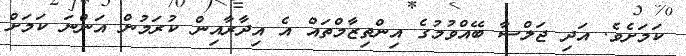
ކަމަށެވެ. އަދި ޖަލްސާ ބޭއްވުމުގެ އިންތިޒާމްތައް އެ އިދާރާއިން ކުރަމުން އަންނަ ކަމަށް